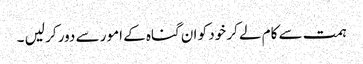
ہمت سے کام لے کر خود کو ان گناہ کے امور سے دور کر لیں ۔